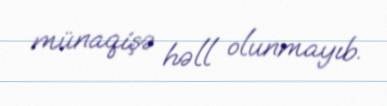
münaqişə həll olunmayıb.